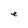
Character: e